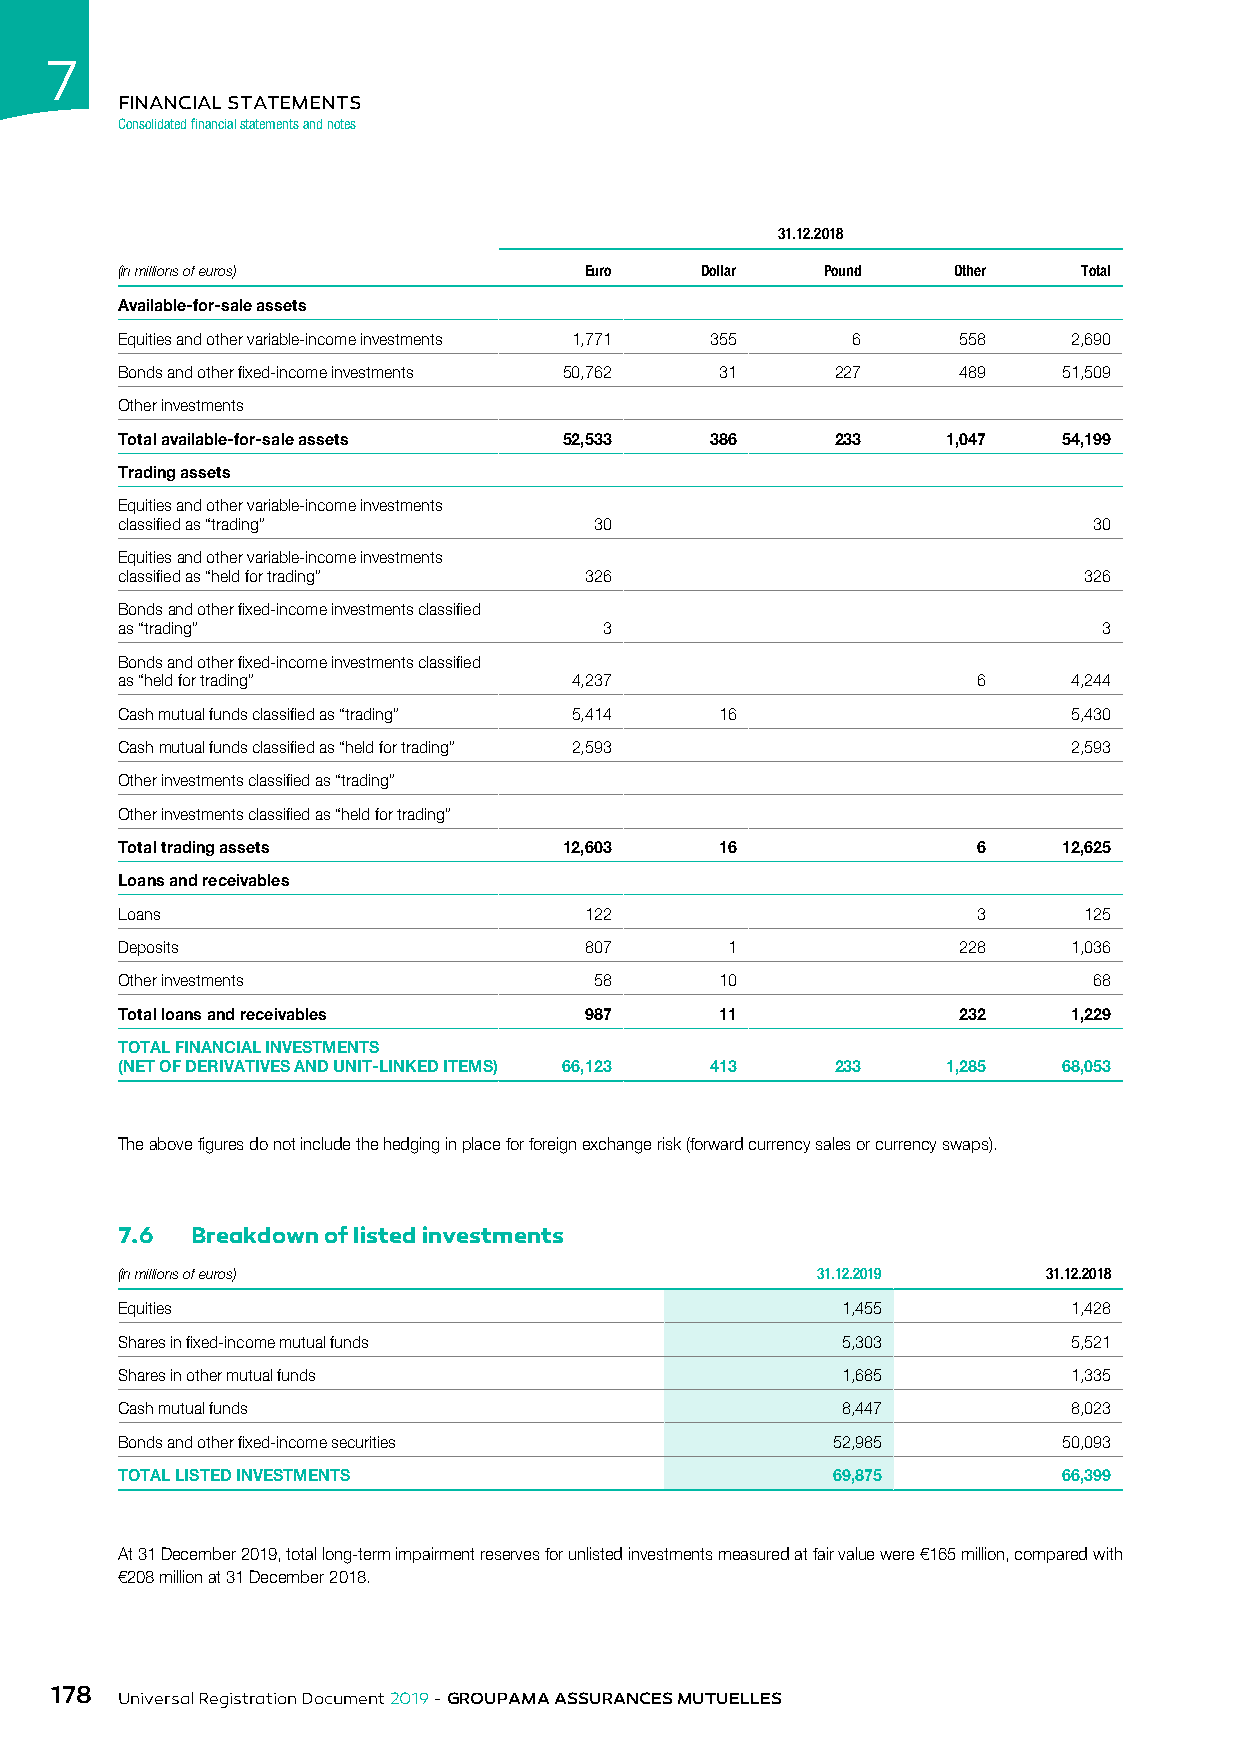
7
 FINANCIAL STATEMENTS
 Consolidated financial statements and notes
 31.12.2018
 (in millions of euros)         Euro   Dollar   Pound   Other    Total
 Available-for-sale assets
 Equities and other variable-income investments 1,771 355 6 558 2,690
 Bonds and other fixed-income investments 50,762 31 227 489    51,509
 Other investments
 Total available-for-sale assets 52,533 386     233     1,047  54,199
 Trading assets
 Equities and other variable-income investments
 classified as “trading”        30                               30
 Equities and other variable-income investments
 classified as “held for trading” 326                            326
 Bonds and other fixed-income investments classified
 as “trading”                    3                                3
 Bonds and other fixed-income investments classified
 as “held for trading”         4,237                      6     4,244
 Cash mutual funds classified as “trading” 5,414 16             5,430
 Cash mutual funds classified as “held for trading” 2,593       2,593
 Other investments classified as “trading”
 Other investments classified as “held for trading”
 Total trading assets         12,603     16               6    12,625
 Loans and receivables
 Loans                          122                       3      125
 Deposits                       807      1              228     1,036
 Other investments              58       10                      68
 Total loans and receivables    987      11             232     1,229
 TOTAL FINANCIAL INVESTMENTS
 (NET OF DERIVATIVES AND UNIT-LINKED ITEMS) 66,123 413 233 1,285 68,053
 The above figures do not include the hedging in place for foreign exchange risk (forward currency sales or currency swaps).
 7.6  Breakdown of listed investments
 (in millions of euros)                        31.12.2019     31.12.2018
 Equities                                        1,455          1,428
 Shares in fixed-income mutual funds             5,303          5,521
 Shares in other mutual funds                    1,685          1,335
 Cash mutual funds                               8,447          8,023
 Bonds and other fixed-income securities        52,985         50,093
 TOTAL LISTED INVESTMENTS                       69,875         66,399
 At 31 December 2019, total long-term impairment reserves for unlisted investments measured at fair value were €165 million, compared with
 €208 million at 31 December 2018.
 178
 Universal Registration Document 2019 - GROUPAMA ASSURANCES MUTUELLES